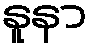
နူနာ